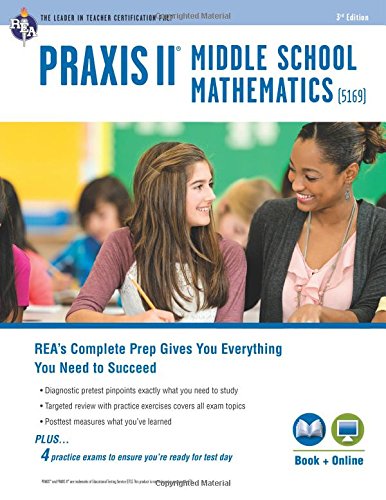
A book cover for PRAXIS II Middle School Mathematics (5169) Book + Online (PRAXIS Teacher Certification Test Prep); Stephen Reiss; Science & Math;